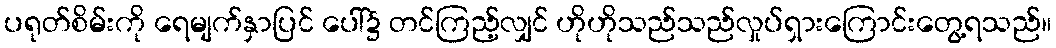
ပရုတ်စိမ်းကို ရေမျက်နှာပြင် ပေါ်၌ တင်ကြည့်လျှင် ဟိုဟိုသည်သည်လှုပ်ရှားကြောင်းတွေ့ရသည်။